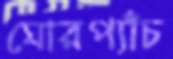
ঘোরপ্যাঁচ